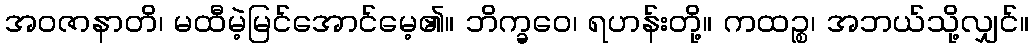
အဝဇာနာတိ၊ မထီမဲ့မြင်အောင်မေ့၏။ ဘိက္ခဝေ၊ ရဟန်းတို့။ ကထဉ္စ၊ အဘယ်သို့လျှင်။